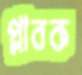
প্লাবক